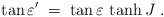
\begin{align*}\tan\varepsilon' \;= \; \tan\varepsilon\,\tanh J\;.\end{align*}